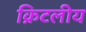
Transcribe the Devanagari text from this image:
क्रिटलीय